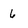
Character: 6